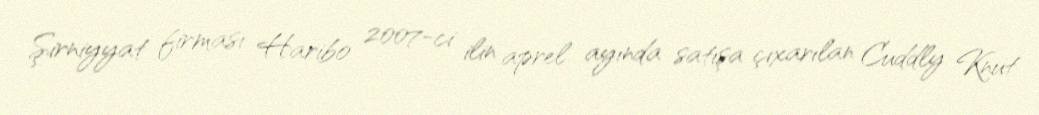
Şirniyyat firması Haribo 2007-ci ilin aprel ayında satışa çıxarılan Cuddly Knut